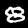
Digit: 8